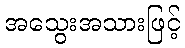
အသွေးအသားဖြင့်